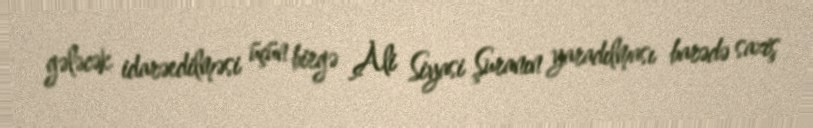
gələcək idarəedilməsi üçün birgə Ali Siyasi Şuranın yaradılması barədə saziş